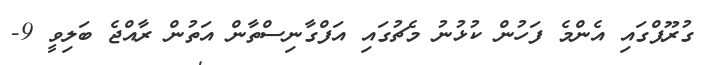
ގުރޫޕްގައި އެންމެ ފަހުން ކުޅުނު މެޗުގައި އަފްގާނިސްތާން އަތުން ރާއްޖެ ބަލިވީ 9-